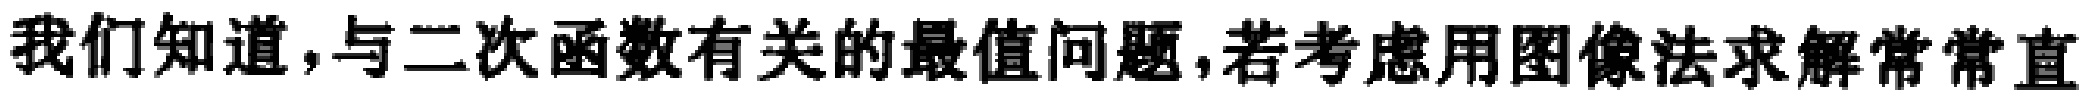
我们知道，与二次函数有关的最值问题，若考虑用图像法求解常常直